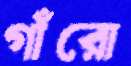
গাঁরো